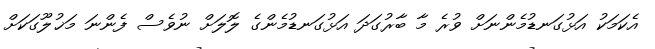
އެކަމަކު އަޅުގަނޑުމެންނަށް ވުރެ މާ ބާރުގަދަ އަޅުގަނޑުމެންގެ ލޮލަށް ނުވެސް ފެންނަ މަޚުލޫގަކަށް